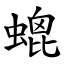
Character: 螕